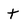
Character: t